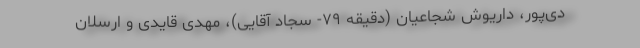
دی‌پور، داریوش شجاعیان (دقیقه ۷۹- سجاد آقایی)، مهدی قایدی و ارسلان